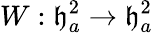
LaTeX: W:\mathfrak{h}_{a}^{2}\to\mathfrak{h}_{a}^{2}